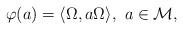
LaTeX: \begin{align*} \varphi(a)=\langle \Omega, a \Omega \rangle, \,\, a \in \mathcal{M}, \end{align*}